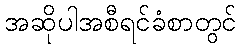
အဆိုပါအစီရင်ခံစာတွင်